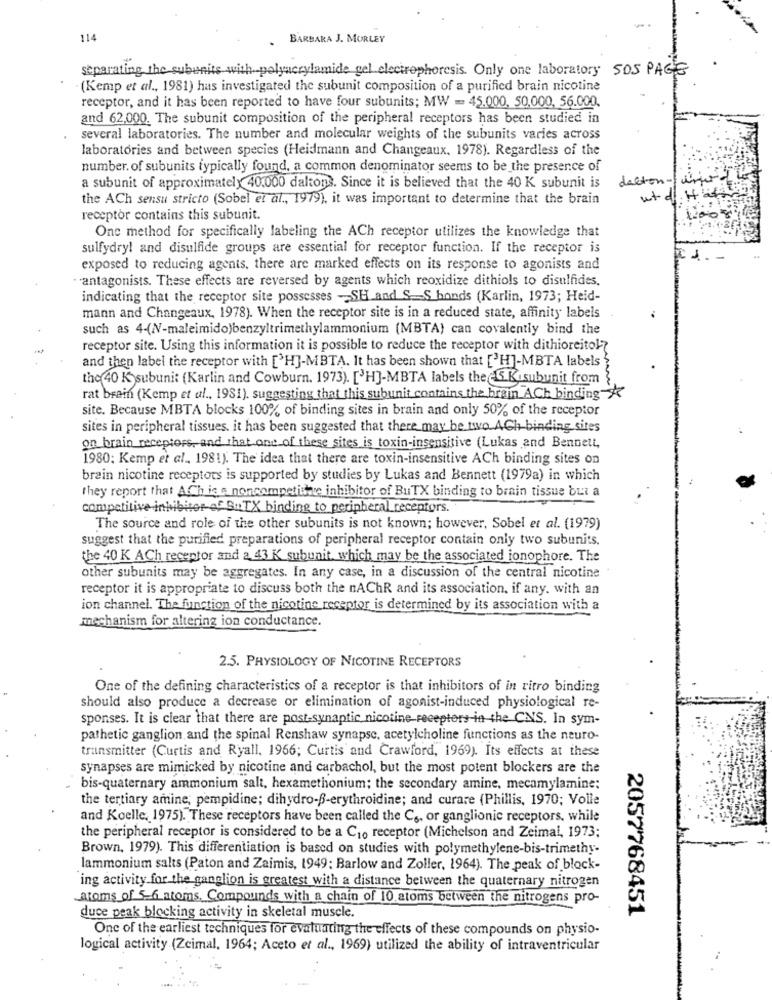
114
BARBARA J. MORLEY
separating the subunits with polyacrylamide gel electrophoresis. Only one laboratory SOS PAGES
(Kemp et al ., 1981) has investigated the subunit composition of a purified brain nicotine
receptor, and it has been reported to have four subunits; MW = 45.000, 50,000, 56.000.
and 62,000. The subunit composition of the peripheral receptors has been studied in
several laboratories. The number and molecular weights of the subunits varies across
laboratories and between species (Heidmann and Changeaux, 1978). Regardless of the
number. of subunits typically found, a common denominator seems to be_the presence of
dalton-fine
a subunit of approximately 40.000 daltons. Since it is believed that the 40 K subunit is
the ACh sensu stricto (Sobel et al ., 1979), it was important to determine that the brain
utd
receptor contains this subunit.
One method for specifically labeling the ACh receptor utilizes the knowledge that
sulfydry! and disulfide groups are essential for receptor function. If the receptor is
exposed to reducing agents, there are marked effects on its response to agonists and
· antagonists. These effects are reversed by agents which reoxidize dithiols to disulfides.
indicating that the receptor site possesses -SH and S.S bonds (Karlin, 1973; Heid-
mann and Changeaux, 1978). When the receptor site is in a reduced state, affinity labels
such as 4-(NV-maleimido)benzyltrimethylammonium (MBTA) can covalently bind the
receptor site. Using this information it is possible to reduce the receptor with dithioreitol?
and then label the receptor with ['H]-MBTA. It has been shown that ['H]-MBTA labels"
the 40 K subunit (Karlin and Cowburn. 1973). [ H]-MBTA labels the 5 Kusubunit from
rat brain (Kemp et al ., 1981). suggesting that this subunit contains the brain ACh binding-
site. Because MBTA blocks 100% of binding sites in brain and only 50% of the receptor
sites in peripheral tissues. it has been suggested that there may be two ACh binding sites
on brain receptors, and that one of these sites is toxin-insensitive (Lukas and Bennett,
1980; Kemp et al ., 1981). The idea that there are toxin-insensitive ACh binding sites on
brain nicotine receptors is supported by studies by Lukas and Bennett (1979a) in which
they report that ACh ics noncompetiste inhibitor of BuTX binding to brain tissue bur a
competitive-inhibitor-ef SuTX binding to peripheral receptors.
The source and role of the other subunits is not known; however, Sobel et al. (1979)
suggest that the purified preparations of peripheral receptor contain only two subunits.
the 40 K ACh receptor and a. 43 K subunit, which may be the associated jonophore. The
other subunits may be aggregates. In any case, in a discussion of the central nicotine
receptor it is appropriate to discuss both the nAChR and its association, if any, with an
ion channel. The function of the nicotine receptor is determined by its association with a
mechanism for altering ion conductance.
2.5. PHYSIOLOGY OF NICOTINE RECEPTORS
One of the defining characteristics of a receptor is that inhibitors of in ritro binding
should also produce a decrease or elimination of agonist-induced physiological re-
sponses. It is clear that there are post synaptic nicotine-receptors-in the CNS. In sym-
pathetic ganglion and the spinal Renshaw synapse, acetylcholine functions as the neuro-
transmitter (Curtis and Ryall. 1966; Curtis and Crawford, 1969). Its effects at these
synapses are mimicked by nicotine and carbachol, but the most potent blockers are the
bis-quaternary ammonium salt, hexamethonium; the secondary amine, mecamylamine;
the tertiary amine, pempidine; dihydro-B-erythroidine; and curare (Phillis, 1970; Volle
and Koelle. 1975). These receptors have been called the Cs, or ganglionic receptors, while
the peripheral receptor is considered to be a C10 receptor (Michelson and Zeimal, 1973;
Brown, 1979). This differentiation is based on studies with polymethylene-bis-trimethy-
lammonium salts (Paton and Zaimis, 1949; Barlow and Zoller, 1964). The peak of block-
ing activity for the ganglion is greatest with a distance between the quaternary nitrogen
atoms of 5-6 atoms. Compounds with a chain of 10 atoms between the nitrogens pro-
2057768451
duce peak blocking activity in skeletal muscle.
One of the earliest techniques for evaluating the effects of these compounds on physio-
logical activity (Zeimal, 1964; Aceto et al ., 1969) utilized the ability of intraventricular